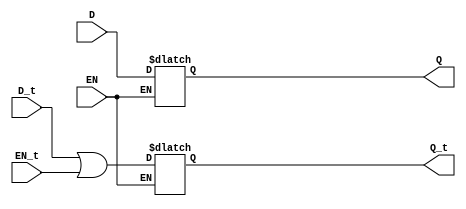
module m_0 (D, D_t, EN, EN_t, Q, Q_t);

parameter WIDTH = 2;
parameter EN_POLARITY = 1'b1;

input EN;
input [WIDTH-1:0] D;
input [31:0] EN_t;
input [31:0] D_t;
output reg [WIDTH-1:0] Q;
output reg [31:0] Q_t;

initial begin
    Q_t = 0;
end

always @* begin
	if (EN == EN_POLARITY) begin
		Q <= D;
		Q_t <=  D_t | EN_t;
	end
end


endmodule